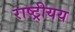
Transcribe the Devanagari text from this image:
राष्ट्रीयय